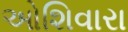
ઓશિવારા